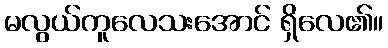
မလွယ်ကူလေသးအောင် ရှိလေ၏။